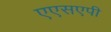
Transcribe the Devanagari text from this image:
एएसएपी